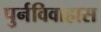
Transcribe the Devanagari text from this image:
पुर्नविवाहास